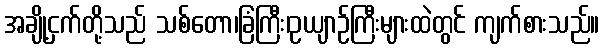
အချို့ငှက်တို့သည် သစ်တော၊ခြံကြီး၊ဥယျာဉ်ကြီးများထဲတွင် ကျက်စားသည်။